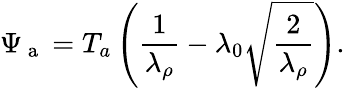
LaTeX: \Psi_{\mathrm{~a~}}=T_{a}\left(\frac{1}{\lambda_{\rho}}-\lambda_{0}\sqrt{\frac{2}{\lambda_{\rho}}}\right).